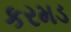
કરમડ